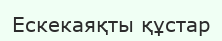
Ескекаяқты құстар